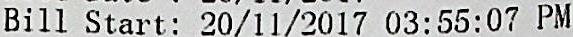
BILL START: 20/11/2017 03:55:07 PM